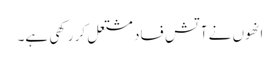
انھوں نے آتشِ فساد مشتعل کر رکھی ہے۔